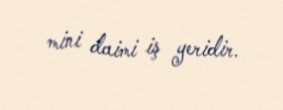
mini daimi iş yeridir.